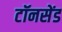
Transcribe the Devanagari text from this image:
टॉनसेंड